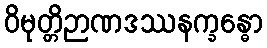
ဝိမုတ္တိဉာဏဒဿနက္ခန္ဓော